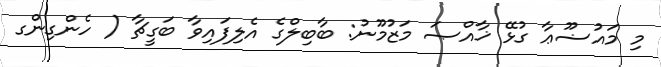
މި މައުޟޫޢާ ގުޅޭ ޚާއްޞަ މަޒުމޫނު: ބާބިލްގެ އެލިފައިވާ ބަގީޗާ ( ހެންގިންގ